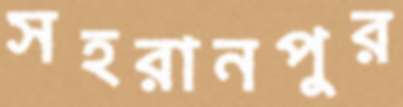
সহরানপুর